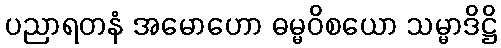
ပညာရတနံ အမောဟော ဓမ္မဝိစယော သမ္မာဒိဋ္ဌိ